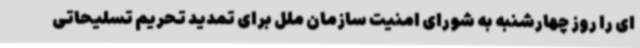
ای را روز چهارشنبه به شورای امنیت سازمان ملل برای تمدید تحریم تسلیحاتی